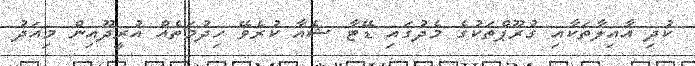
ކުދި އާއިލާތަކާއި ގުރޫޕްތަކުގެ މެދުގައި ޑޭޓާ ޝެއާ ކުރެވޭ ހިދުމަތެއް އުރީދޫއިން މިއަދު